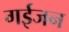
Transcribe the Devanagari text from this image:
गईजन